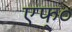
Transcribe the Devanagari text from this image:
एफ्‌०